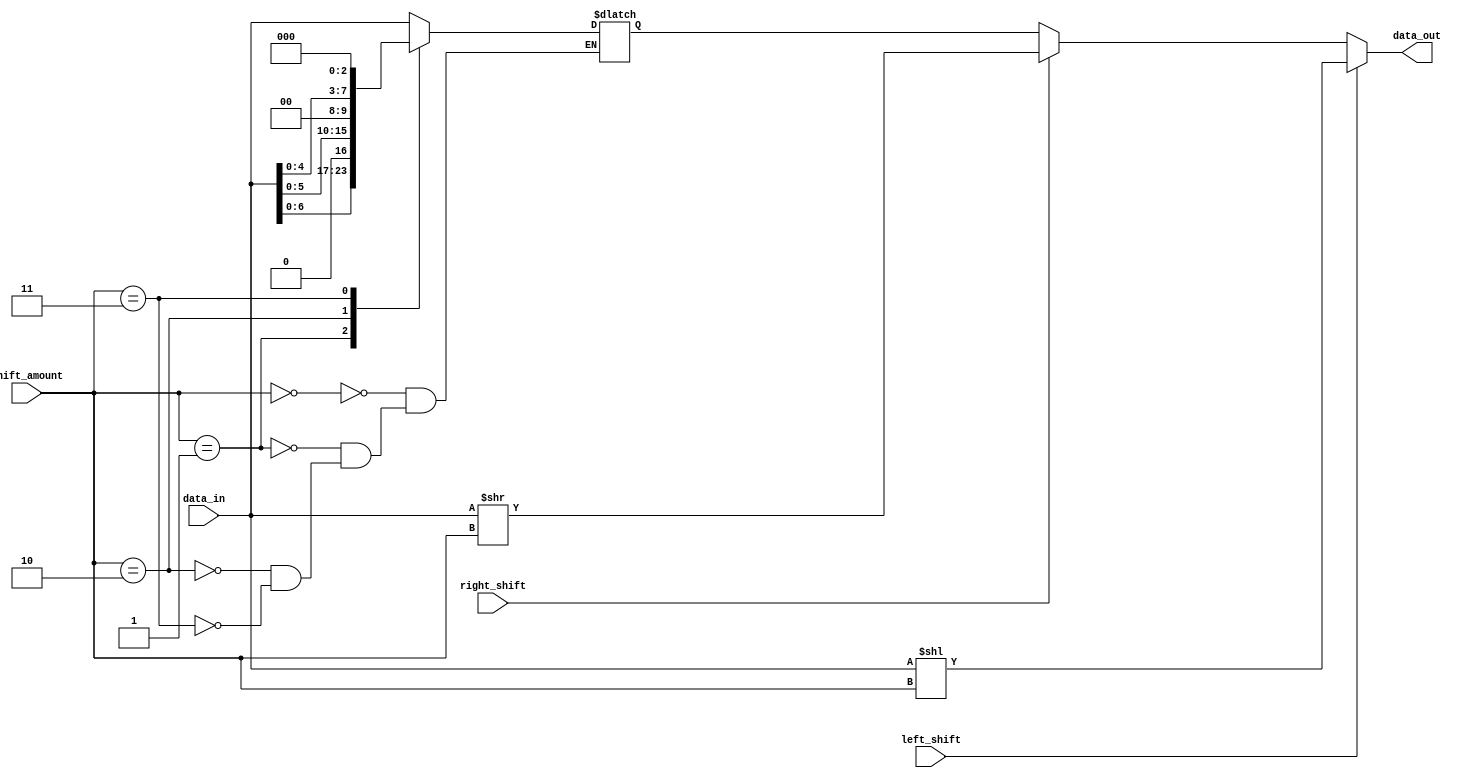
module sparse_barrel_shifter (
    input[7:0] data_in,
    input[3:0] shift_amount,
    input left_shift,
    input right_shift,
    output[7:0] data_out
);

reg[7:0] temp_data;
reg[3:0] shift_amount_temp;

assign data_out = (left_shift) ? data_in << shift_amount : 
                  (right_shift) ? data_in >> shift_amount :
                  temp_data;

always @(*) begin
    case(shift_amount)
        4'b0000: temp_data = data_in;
        4'b0001: temp_data = data_in << 1;
        4'b0010: temp_data = data_in << 2;
        4'b0011: temp_data = data_in << 3;
        // Additional cases for different shift amounts
    endcase
end

endmodule